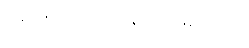
ဆေးအမျိုးမျိုး အနံ့အမျိုးမျိုးပါဘဲ။